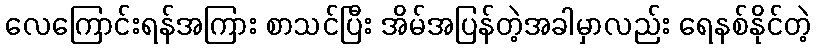
လေကြောင်းရန်အကြား စာသင်ပြီး အိမ်အပြန်တဲ့အခါမှာလည်း ရေနစ်နိုင်တဲ့